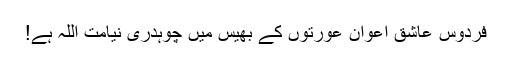
فردوس عاشق اعوان عورتوں کے بھیس میں چوہدری نیامت اللہ ہے!